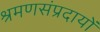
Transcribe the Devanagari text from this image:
श्रमणसंप्रदायों